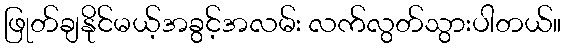
ဖြုတ်ချနိုင်မယ့်အခွင့်အလမ်း လက်လွတ်သွားပါတယ်။